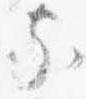
家